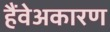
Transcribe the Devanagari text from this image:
हैंवेअकारण